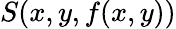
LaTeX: S(x,y,f(x,y))